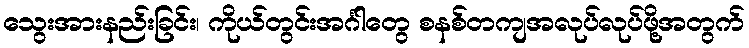
သွေးအားနည်းခြင်း၊ ကိုယ်တွင်းအင်္ဂါတွေ စနစ်တကျအလုပ်လုပ်ဖို့အတွက်